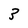
Character: 3